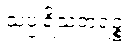
သပ္ပုရိသတရဉ္စ